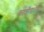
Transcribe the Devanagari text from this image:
काशीयात्रेला